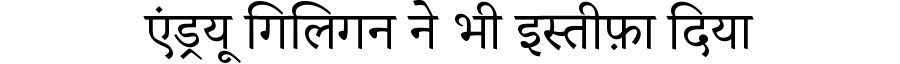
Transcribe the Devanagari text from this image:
एंड्रयू गिलिगन ने भी इस्तीफ़ा दिया